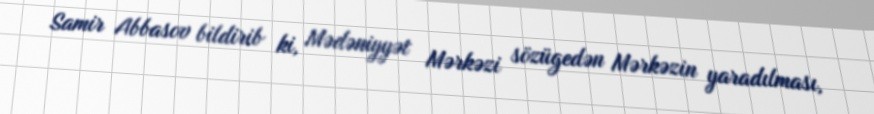
Samir Abbasov bildirib ki, Mədəniyyət Mərkəzi sözügedən Mərkəzin yaradılması,